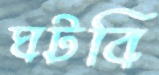
ঘটবি